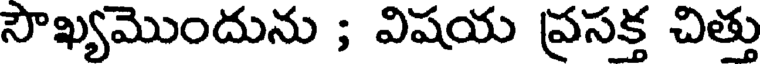
సౌఖ్యమొందును ; విషయ ప్రసక్త చిత్తు